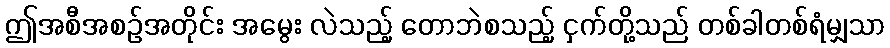
ဤအစီအစဉ်အတိုင်း အမွေး လဲသည့် တောဘဲစသည့် ငှက်တို့သည် တစ်ခါတစ်ရံမျှသာ